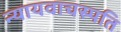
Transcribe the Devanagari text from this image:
न्यायवाचस्पति